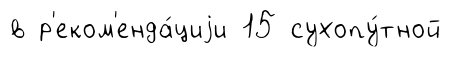
в р'еком'енда́циjи 15 сухопу́тной